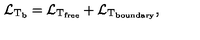
{ \cal L } _ { \mathrm { T _ { \mathrm { b } } } } = { \cal L } _ { \mathrm { T _ { \mathrm { f r e e } } } } + { \cal L } _ { \mathrm { T _ { \mathrm { b o u n d a r y } } } } ,